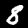
Label: 8